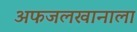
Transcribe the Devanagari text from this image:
अफजलखानाला